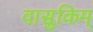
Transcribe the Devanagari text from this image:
वासुकिम्